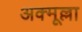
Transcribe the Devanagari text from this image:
अक्मूल्ला